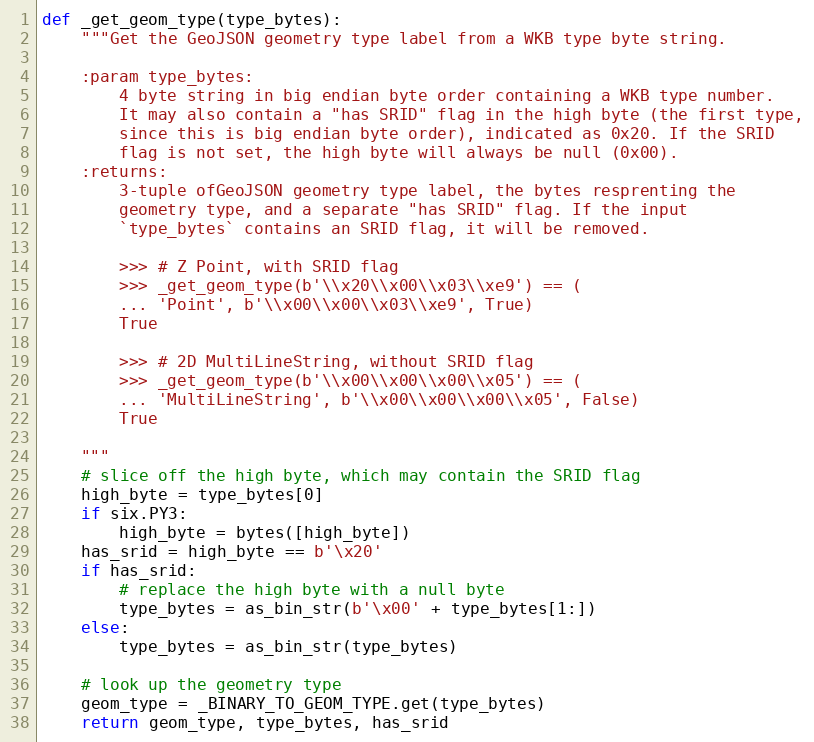
Language: Python
def _get_geom_type(type_bytes):
    """Get the GeoJSON geometry type label from a WKB type byte string.

    :param type_bytes:
        4 byte string in big endian byte order containing a WKB type number.
        It may also contain a "has SRID" flag in the high byte (the first type,
        since this is big endian byte order), indicated as 0x20. If the SRID
        flag is not set, the high byte will always be null (0x00).
    :returns:
        3-tuple ofGeoJSON geometry type label, the bytes resprenting the
        geometry type, and a separate "has SRID" flag. If the input
        `type_bytes` contains an SRID flag, it will be removed.

        >>> # Z Point, with SRID flag
        >>> _get_geom_type(b'\\x20\\x00\\x03\\xe9') == (
        ... 'Point', b'\\x00\\x00\\x03\\xe9', True)
        True

        >>> # 2D MultiLineString, without SRID flag
        >>> _get_geom_type(b'\\x00\\x00\\x00\\x05') == (
        ... 'MultiLineString', b'\\x00\\x00\\x00\\x05', False)
        True

    """
    # slice off the high byte, which may contain the SRID flag
    high_byte = type_bytes[0]
    if six.PY3:
        high_byte = bytes([high_byte])
    has_srid = high_byte == b'\x20'
    if has_srid:
        # replace the high byte with a null byte
        type_bytes = as_bin_str(b'\x00' + type_bytes[1:])
    else:
        type_bytes = as_bin_str(type_bytes)

    # look up the geometry type
    geom_type = _BINARY_TO_GEOM_TYPE.get(type_bytes)
    return geom_type, type_bytes, has_srid